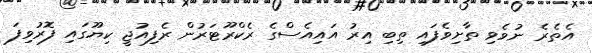
އެތެރެ ނުވެވި ތާށިވެފައި ތިބި އިރު އައިއެސްގެ ރެކްރޫޓަރުން ރެފިއުޖީ ކިޔޫގައި ފޮރުވިފަ